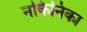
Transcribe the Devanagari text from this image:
नकिनिका